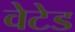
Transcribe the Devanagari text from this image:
वेटेड